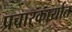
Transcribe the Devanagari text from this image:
प्रचारकार्यात